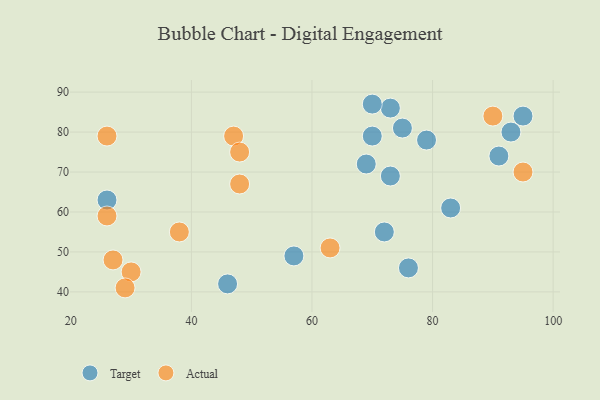
{"axis": {"x": "GDP", "y": "Life Expectancy"}, "legend": ["Actual", "Target"], "data": [{"x": "69", "y": 72, "type": "Target"}, {"x": "95", "y": 84, "type": "Target"}, {"x": "73", "y": 69, "type": "Target"}, {"x": "75", "y": 81, "type": "Target"}, {"x": "46", "y": 42, "type": "Target"}, {"x": "73", "y": 86, "type": "Target"}, {"x": "72", "y": 55, "type": "Target"}, {"x": "26", "y": 63, "type": "Target"}, {"x": "76", "y": 46, "type": "Target"}, {"x": "79", "y": 78, "type": "Target"}, {"x": "70", "y": 87, "type": "Target"}, {"x": "70", "y": 79, "type": "Target"}, {"x": "93", "y": 80, "type": "Target"}, {"x": "91", "y": 74, "type": "Target"}, {"x": "57", "y": 49, "type": "Target"}, {"x": "83", "y": 61, "type": "Target"}, {"x": "30", "y": 45, "type": "Actual"}, {"x": "27", "y": 48, "type": "Actual"}, {"x": "26", "y": 79, "type": "Actual"}, {"x": "90", "y": 84, "type": "Actual"}, {"x": "29", "y": 41, "type": "Actual"}, {"x": "26", "y": 59, "type": "Actual"}, {"x": "47", "y": 79, "type": "Actual"}, {"x": "38", "y": 55, "type": "Actual"}, {"x": "95", "y": 70, "type": "Actual"}, {"x": "63", "y": 51, "type": "Actual"}, {"x": "48", "y": 75, "type": "Actual"}, {"x": "48", "y": 67, "type": "Actual"}]}